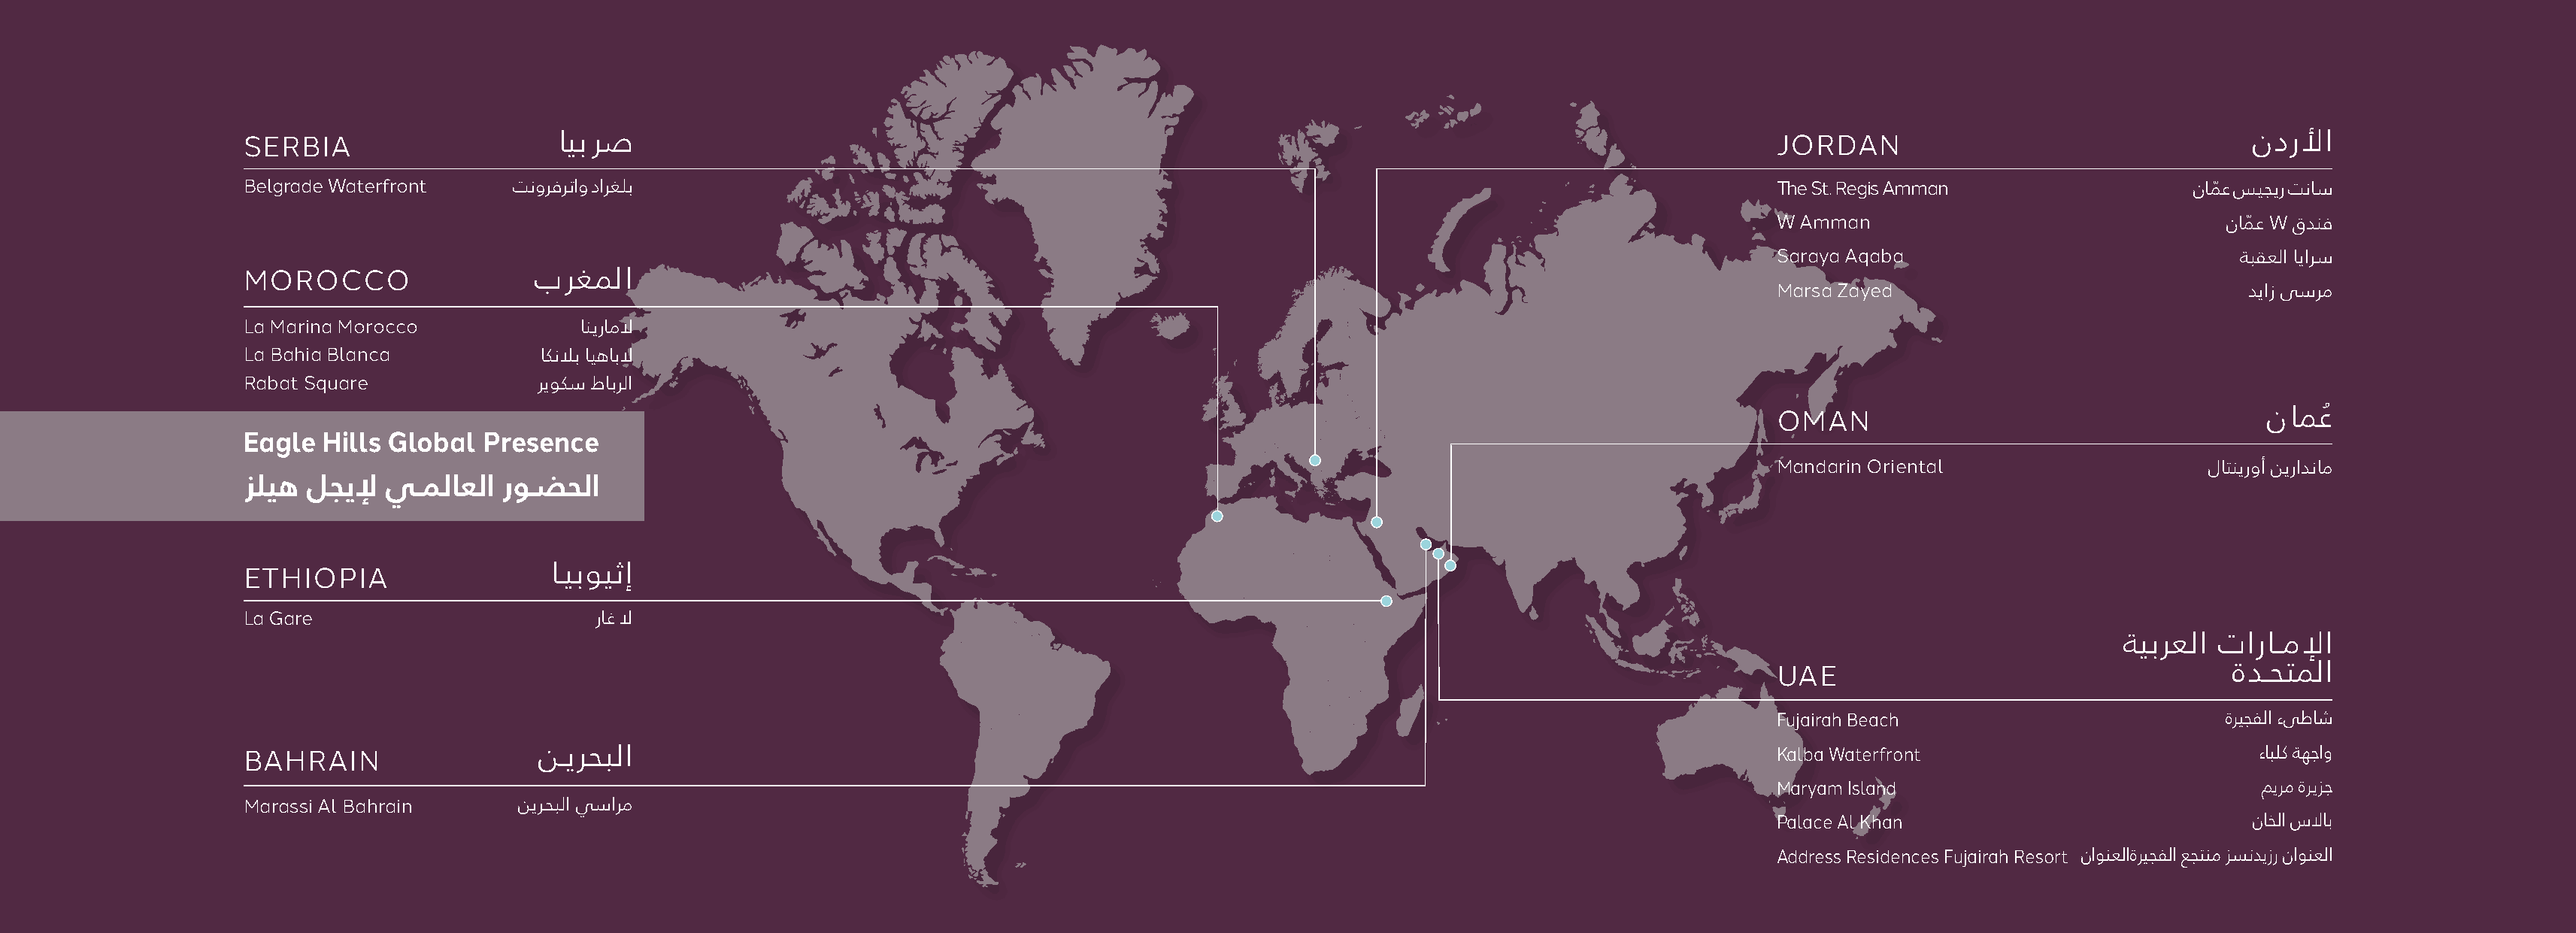
SERBIA                      ايب رص                                                                                                     JORDAN                                    ندرلأا
 Belgrade Waterfront     تنورفرتاو دارغلب                                                                                               The St. Regis Amman                  نامّ ع سيجير تناس
 W Amman                                 نامّ ع W قدنف
 Saraya Aqaba                             ةبقعلا ايارس
 MOROCCO                   برغملا
 Marsa Zayed                               دياز ىسرم
 La Marina Morocco             انيراملا
 La Bahia Blanca            اكنلاب ايهابلا
 Rabat Square              ريوكس طابرلا
 OMAN                                        نامعُ
 Eagle  Hills Global  Presence
 Mandarin Oriental                     لاتنيروأ نيرادنام
 زليه لجيلإ  يـملاعلا  روـضحلا
 ETHIOPIA                   اــيبويثإ
 La Gare                        راغ لا
 ةيبرعلا تاراــملإا
 UAE                                      ةدــحتملا
 Fujairah Beach                          ةريجفلا ءىطاش
 BAHRAIN                   نــيرحبلا                                                                                                    Kalba Waterfront                           ءابلك ةهجاو
 Maryam Island                              ميرم ةريزج
 Marassi Al Bahrain       نيرحبلا ﻲسارم
 Palace Al Khan                            ناخلا سلااب
 Address Residences Fujairah Resort ناونعلاةريجفلا عجتنم زسنديزر ناونعلا